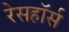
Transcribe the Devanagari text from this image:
रेसहॉर्स